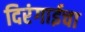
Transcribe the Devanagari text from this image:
दिरंगाईचा